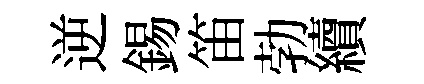
逆錫笛勃續